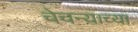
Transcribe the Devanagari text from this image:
चेचन्याच्या